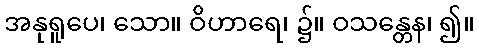
အနုရူပေ၊ သော။ ဝိဟာရေ၊ ၌။ ဝသန္တေန၊ ၍။